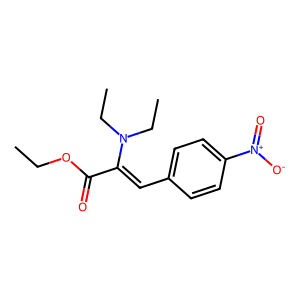
SMILES: CCOC(=O)C(=Cc1ccc([N+](=O)[O-])cc1)N(CC)CC
Inhibits HIV replication: No